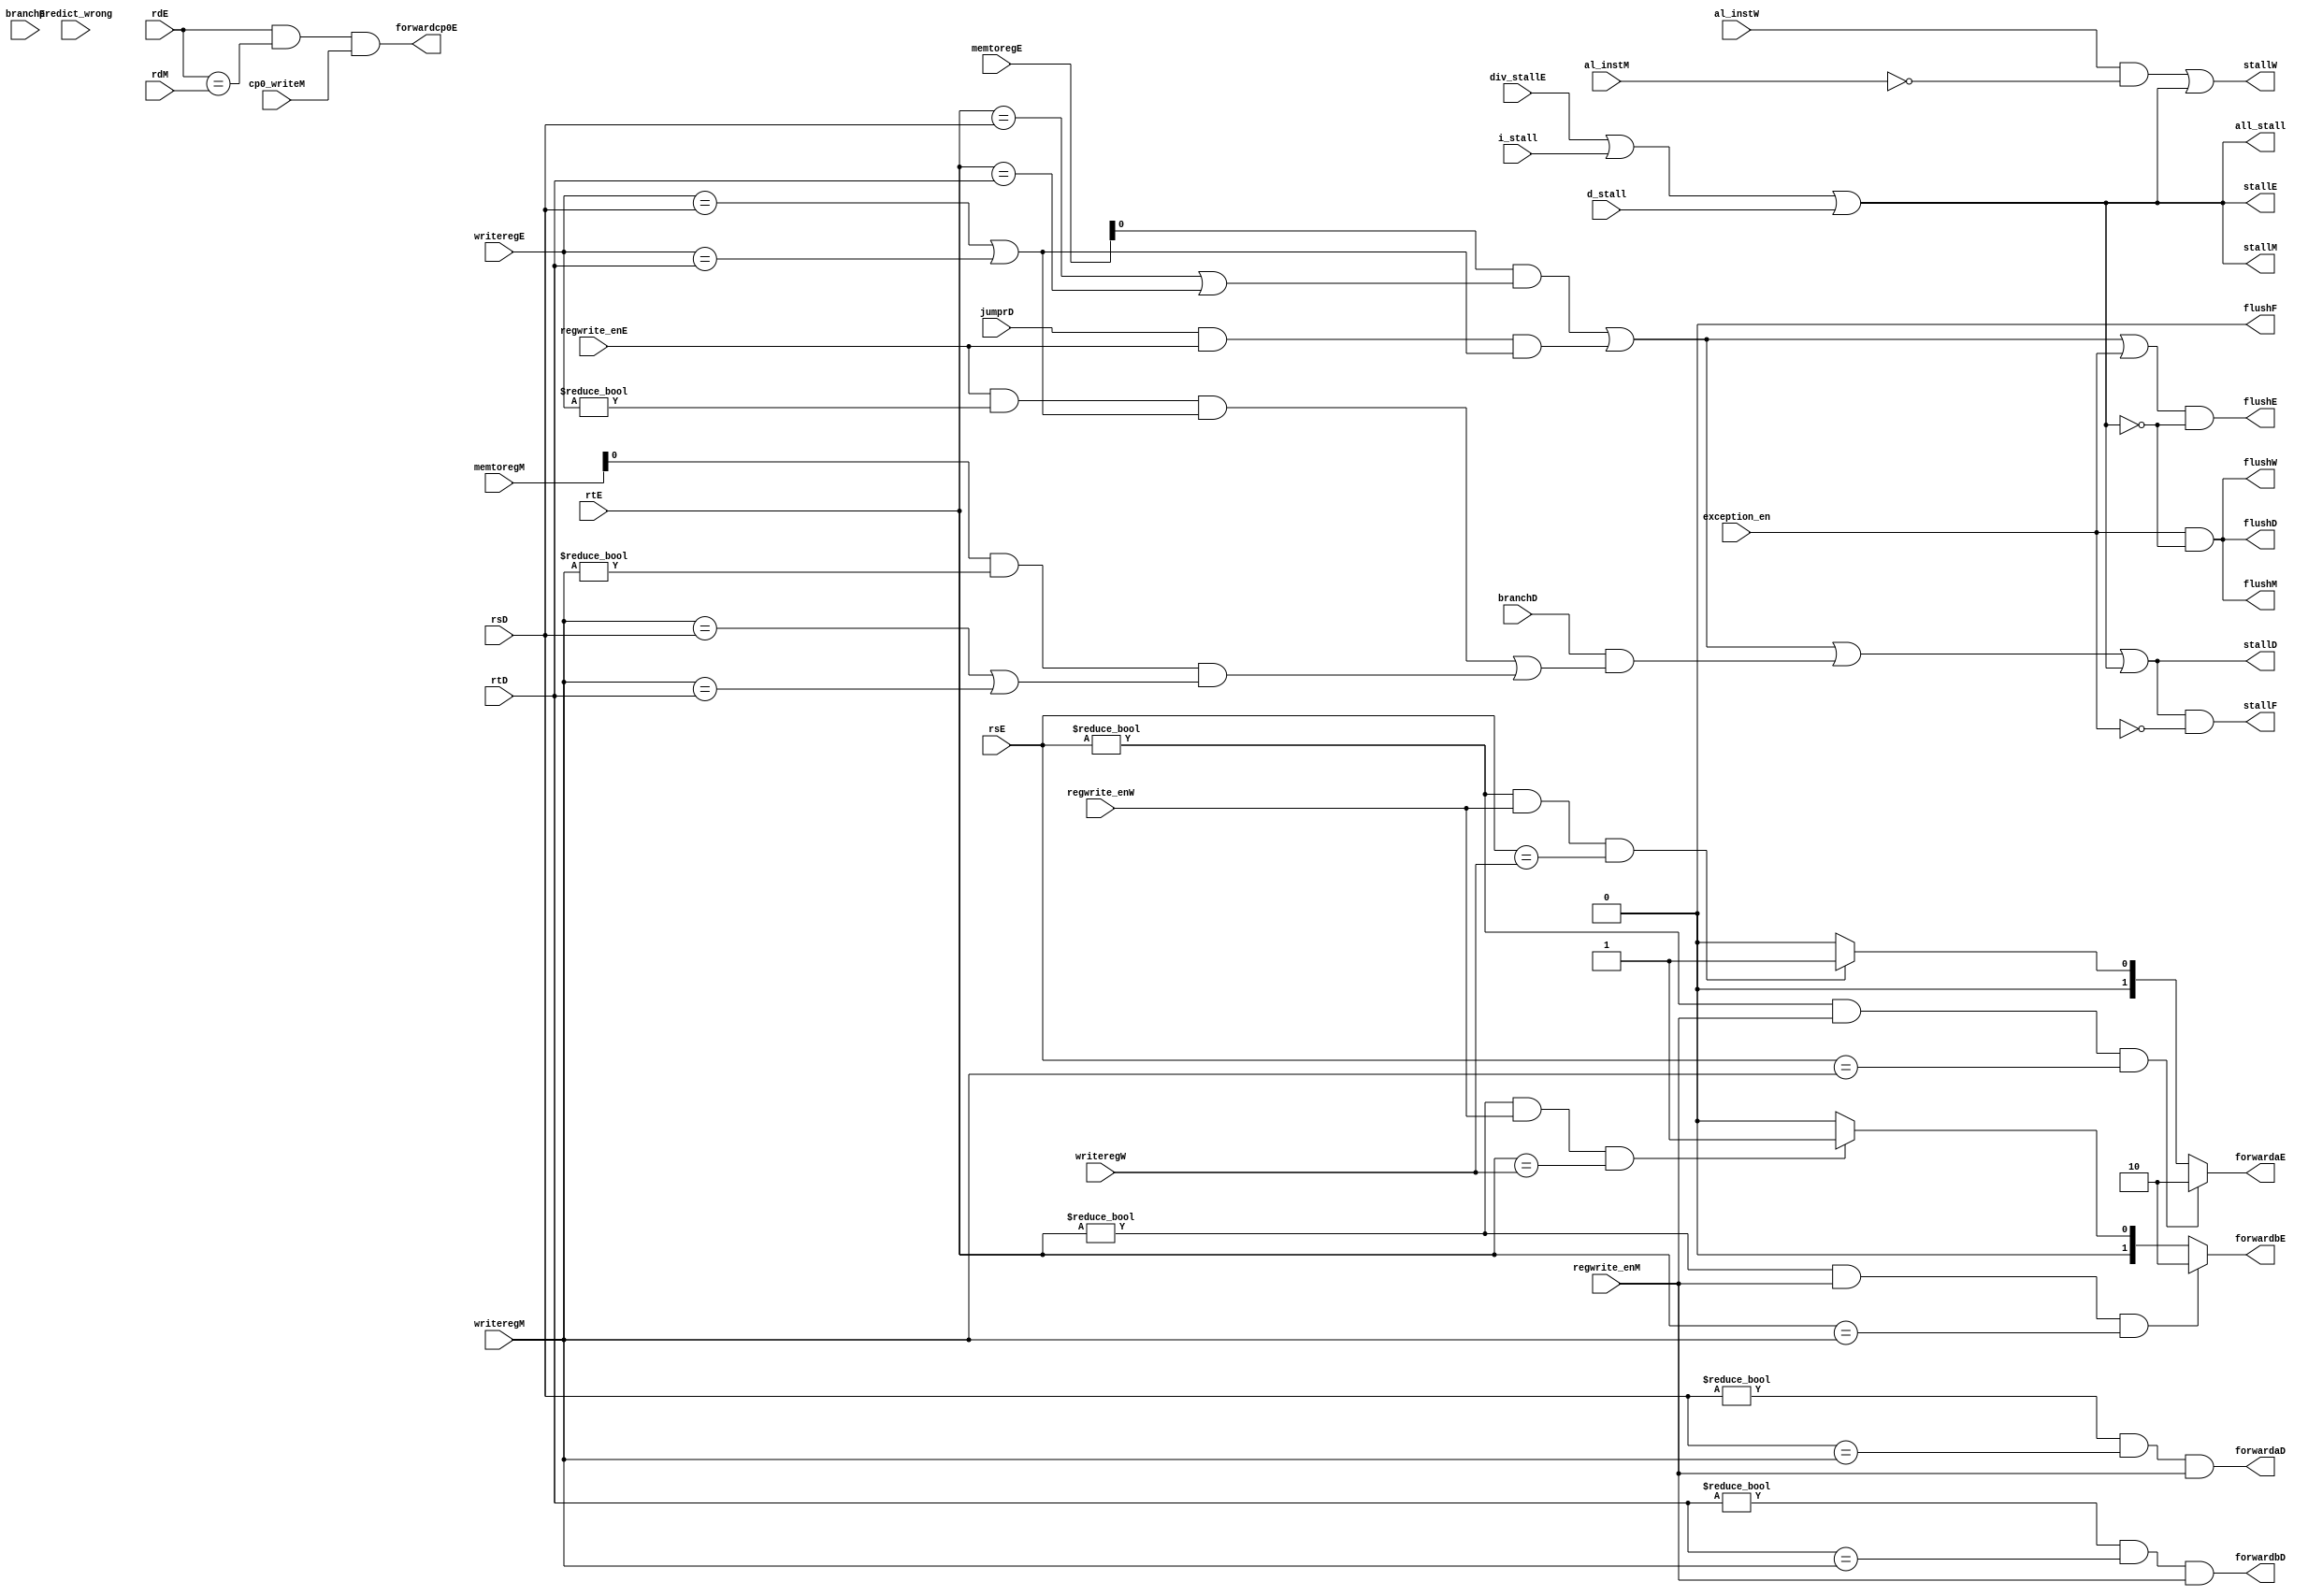
`timescale 1ns / 1ps
//////////////////////////////////////////////////////////////////////////////////
// Company: 
// Engineer: 
// 
// Design Name: 
// Module Name: hazard
// Project Name: 
// Target Devices: 
// Tool Versions: 
// Description: 
// 
// Dependencies: 
// 
// Revision:
// Revision 0.01 - File Created
// Additional Comments:
// 
//////////////////////////////////////////////////////////////////////////////////


module hazard(
	//fetch stage
	output wire stallF,
	output wire flushF,
	//decode stage
	input wire[4:0] rsD,rtD,
	input wire[4:0] rdE,rdM,
	input wire branchD,jumprD,
	input wire predict_wrong,
	output wire forwardaD,forwardbD,
	output wire stallD,
	output wire flushD,
	//execute stage
	// input wire stall_divE,
	input wire[4:0] rsE,rtE,
	input wire[4:0] writeregE,
	input wire branchE,
	input wire regwrite_enE,
	input wire[1:0] memtoregE,
	input wire div_stallE,
	input wire cp0_writeM,
	output wire[1:0] forwardaE,forwardbE,
	output wire flushE,stallE,
	output wire forwardcp0E,
	//mem stage
	input wire[4:0] writeregM,
	input wire regwrite_enM,
	input wire[1:0] memtoregM,
	output wire stallM,
	output wire flushM,
	//write back stage
	input wire[4:0] writeregW,
	input wire regwrite_enW,
	output wire stallW,
	output wire flushW,

	input wire al_instW,al_instM,
    input wire i_stall,       //  stall
    input wire d_stall,
	output wire all_stall, // stall
	input wire exception_en
    );

	wire lwstallD,branchstallD,jrstall;

	//forwarding sources to D stage (branch equality)
	assign forwardaD = (rsD != 5'b0 & (rsD == writeregM) & regwrite_enM);
	assign forwardbD = (rtD != 5'b0 & (rtD == writeregM) & regwrite_enM);
	
	//forwarding sources to E stage (ALU)
	assign forwardaE = ((rsE != 5'b0) && regwrite_enM && (rsE == writeregM)) ? 2'b10 :
					   ((rsE != 5'b0) && regwrite_enW && (rsE == writeregW)) ? 2'b01 : 2'b00;
					   
	assign forwardbE = ((rtE != 5'b0) && regwrite_enM && (rtE == writeregM)) ? 2'b10 :
					   ((rtE != 5'b0) && regwrite_enW && (rtE == writeregW)) ? 2'b01 : 2'b00;

    // mtc0 mfc0
	assign forwardcp0E = (rdE && (rdE == rdM) && cp0_writeM);

  	//stalls
	assign lwstallD = memtoregE & (rtE == rsD | rtE == rtD);
	assign branchstallD = branchD &
				(regwrite_enE & (writeregE != 5'b00000) &
				(writeregE == rsD | writeregE == rtD) |
				memtoregM & (writeregM != 5'b00000) &
				(writeregM == rsD | writeregM == rtD));
	assign jrstall = jumprD & regwrite_enE & ((writeregE == rsD) | (writeregE == rtD)); //|
	
	assign all_stall = div_stallE | i_stall | d_stall;
    assign stallF = (lwstallD | jrstall | branchstallD | all_stall) & ~exception_en;
    assign stallD = lwstallD | jrstall | branchstallD | all_stall;
    assign stallE = all_stall;
    assign stallM = all_stall;
	assign stallW = (al_instW & ~al_instM)|all_stall;

    assign flushF = 1'b0;
    // assign flushD = ((branchE & predict_wrong) | exceptionoccur) & (~all_stall);
//	assign flushD = ((branchE & predict_wrong) | exception_en) & ~all_stall;
    assign flushD = exception_en & ~all_stall;
    assign flushE = (lwstallD | jrstall | exception_en) & ~all_stall; // TODO:exceptionoccur
    assign flushM = exception_en & ~all_stall;
    assign flushW = exception_en & ~all_stall;
endmodule